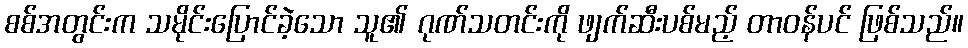
စစ်အတွင်းက သမိုင်းပြောင်ခဲ့သော သူ၏ ဂုဏ်သတင်းကို ဖျက်ဆီးပစ်မည့် တာဝန်ပင် ဖြစ်သည်။